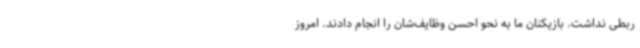
ربطی نداشت. بازیکنان ما به نحو احسن وظایف‌شان را انجام دادند. امروز